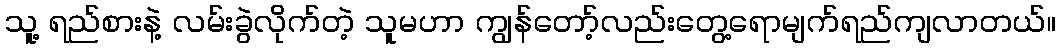
သူ့ ရည်စားနဲ့ လမ်းခွဲလိုက်တဲ့ သူမဟာ ကျွန်တော့်လည်းတွေ့ရောမျက်ရည်ကျလာတယ်။